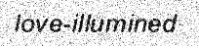
love-illumined